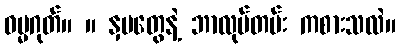
ဓမ္မဂုတ်။ ။ နှမတွေနဲ့ ဘာလုပ်တမ်း ကစားသလဲ။